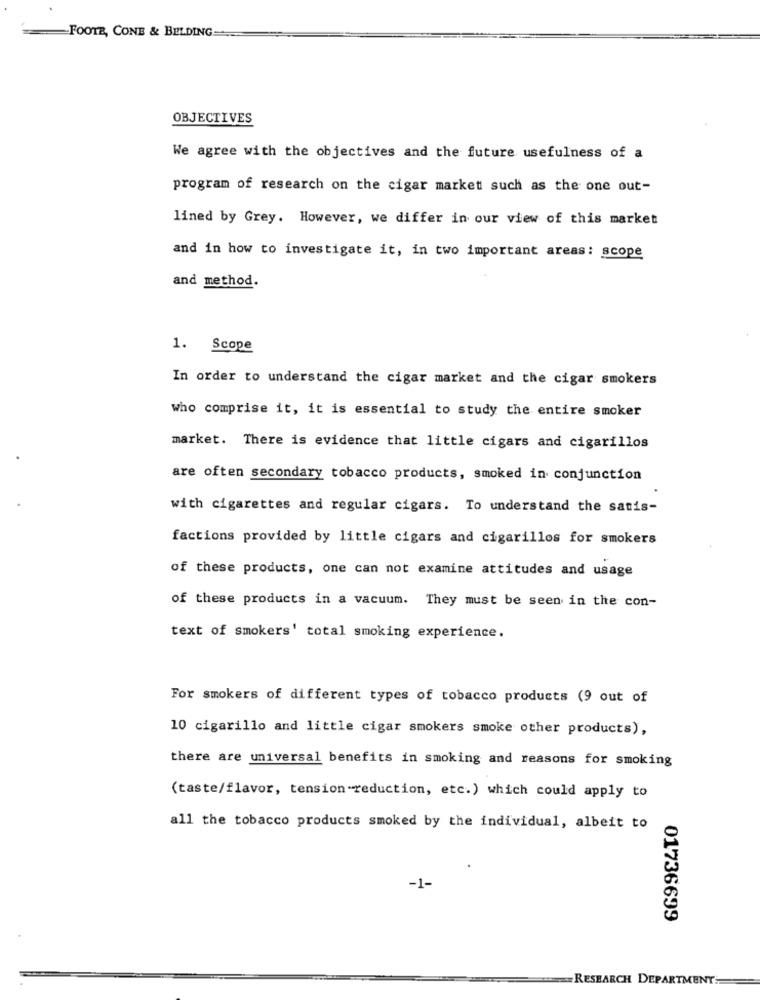
FOOTE, CONE & BELDING
OBJECTIVES
We agree with the objectives and the future usefulness of a
program of research on the cigar market such as the one out-
lined by Grey. However, we differ in our view of this market
and in how to investigate it, in two important areas: scope
and method.
1. Scope
In order to understand the cigar market and the cigar smokers
who comprise it, it is essential to study the entire smoker
market. There is evidence that little cigars and cigarillos
are often secondary tobacco products, smoked in conjunction
with cigarettes and regular cigars. To understand the satis-
factions provided by little cigars and cigarillos for smokers
of these products, one can not examine attitudes and usage
of these products in a vacuum. They must be seen in the con-
text of smokers' total smoking experience.
For smokers of different types of tobacco products (9 out of
10 cigarillo and little cigar smokers smoke other products),
there are universal benefits in smoking and reasons for smoking
(taste/flavor, tension reduction, etc.) which could apply to
all the tobacco products smoked by the individual, albeit to
-1-
01736699
RESEARCH DEPARTMENT